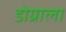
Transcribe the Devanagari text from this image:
डोग्राला